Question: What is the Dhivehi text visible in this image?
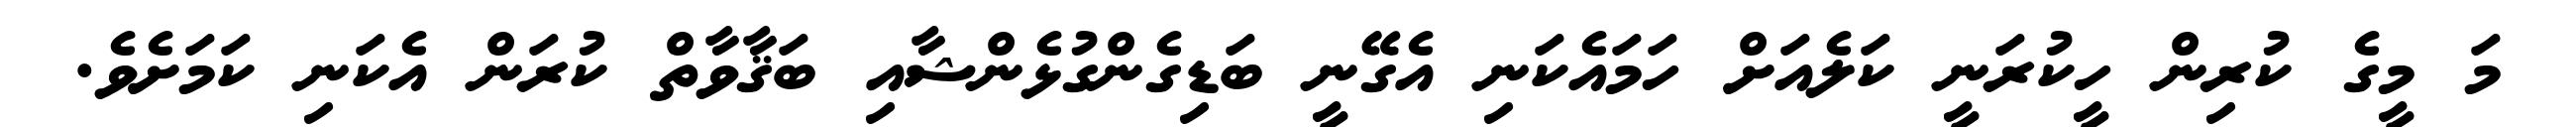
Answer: މަ މީގެ ކުރިން ހީކުރަނީ ކަލެއަށް ހަމައެކަނި އެގޭނީ ބަޑިގެންގުޅެންޝާއި ބަޤާވާތް ކުރަން އެކަނި ކަމަށެވެ.